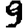
Digit: 9